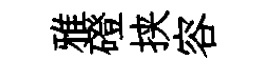
雅磴挟容